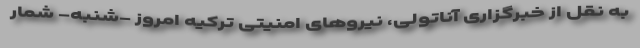
به نقل از خبرگزاری آناتولی، نیروهای امنیتی ترکیه امروز -‌شنبه- شمار